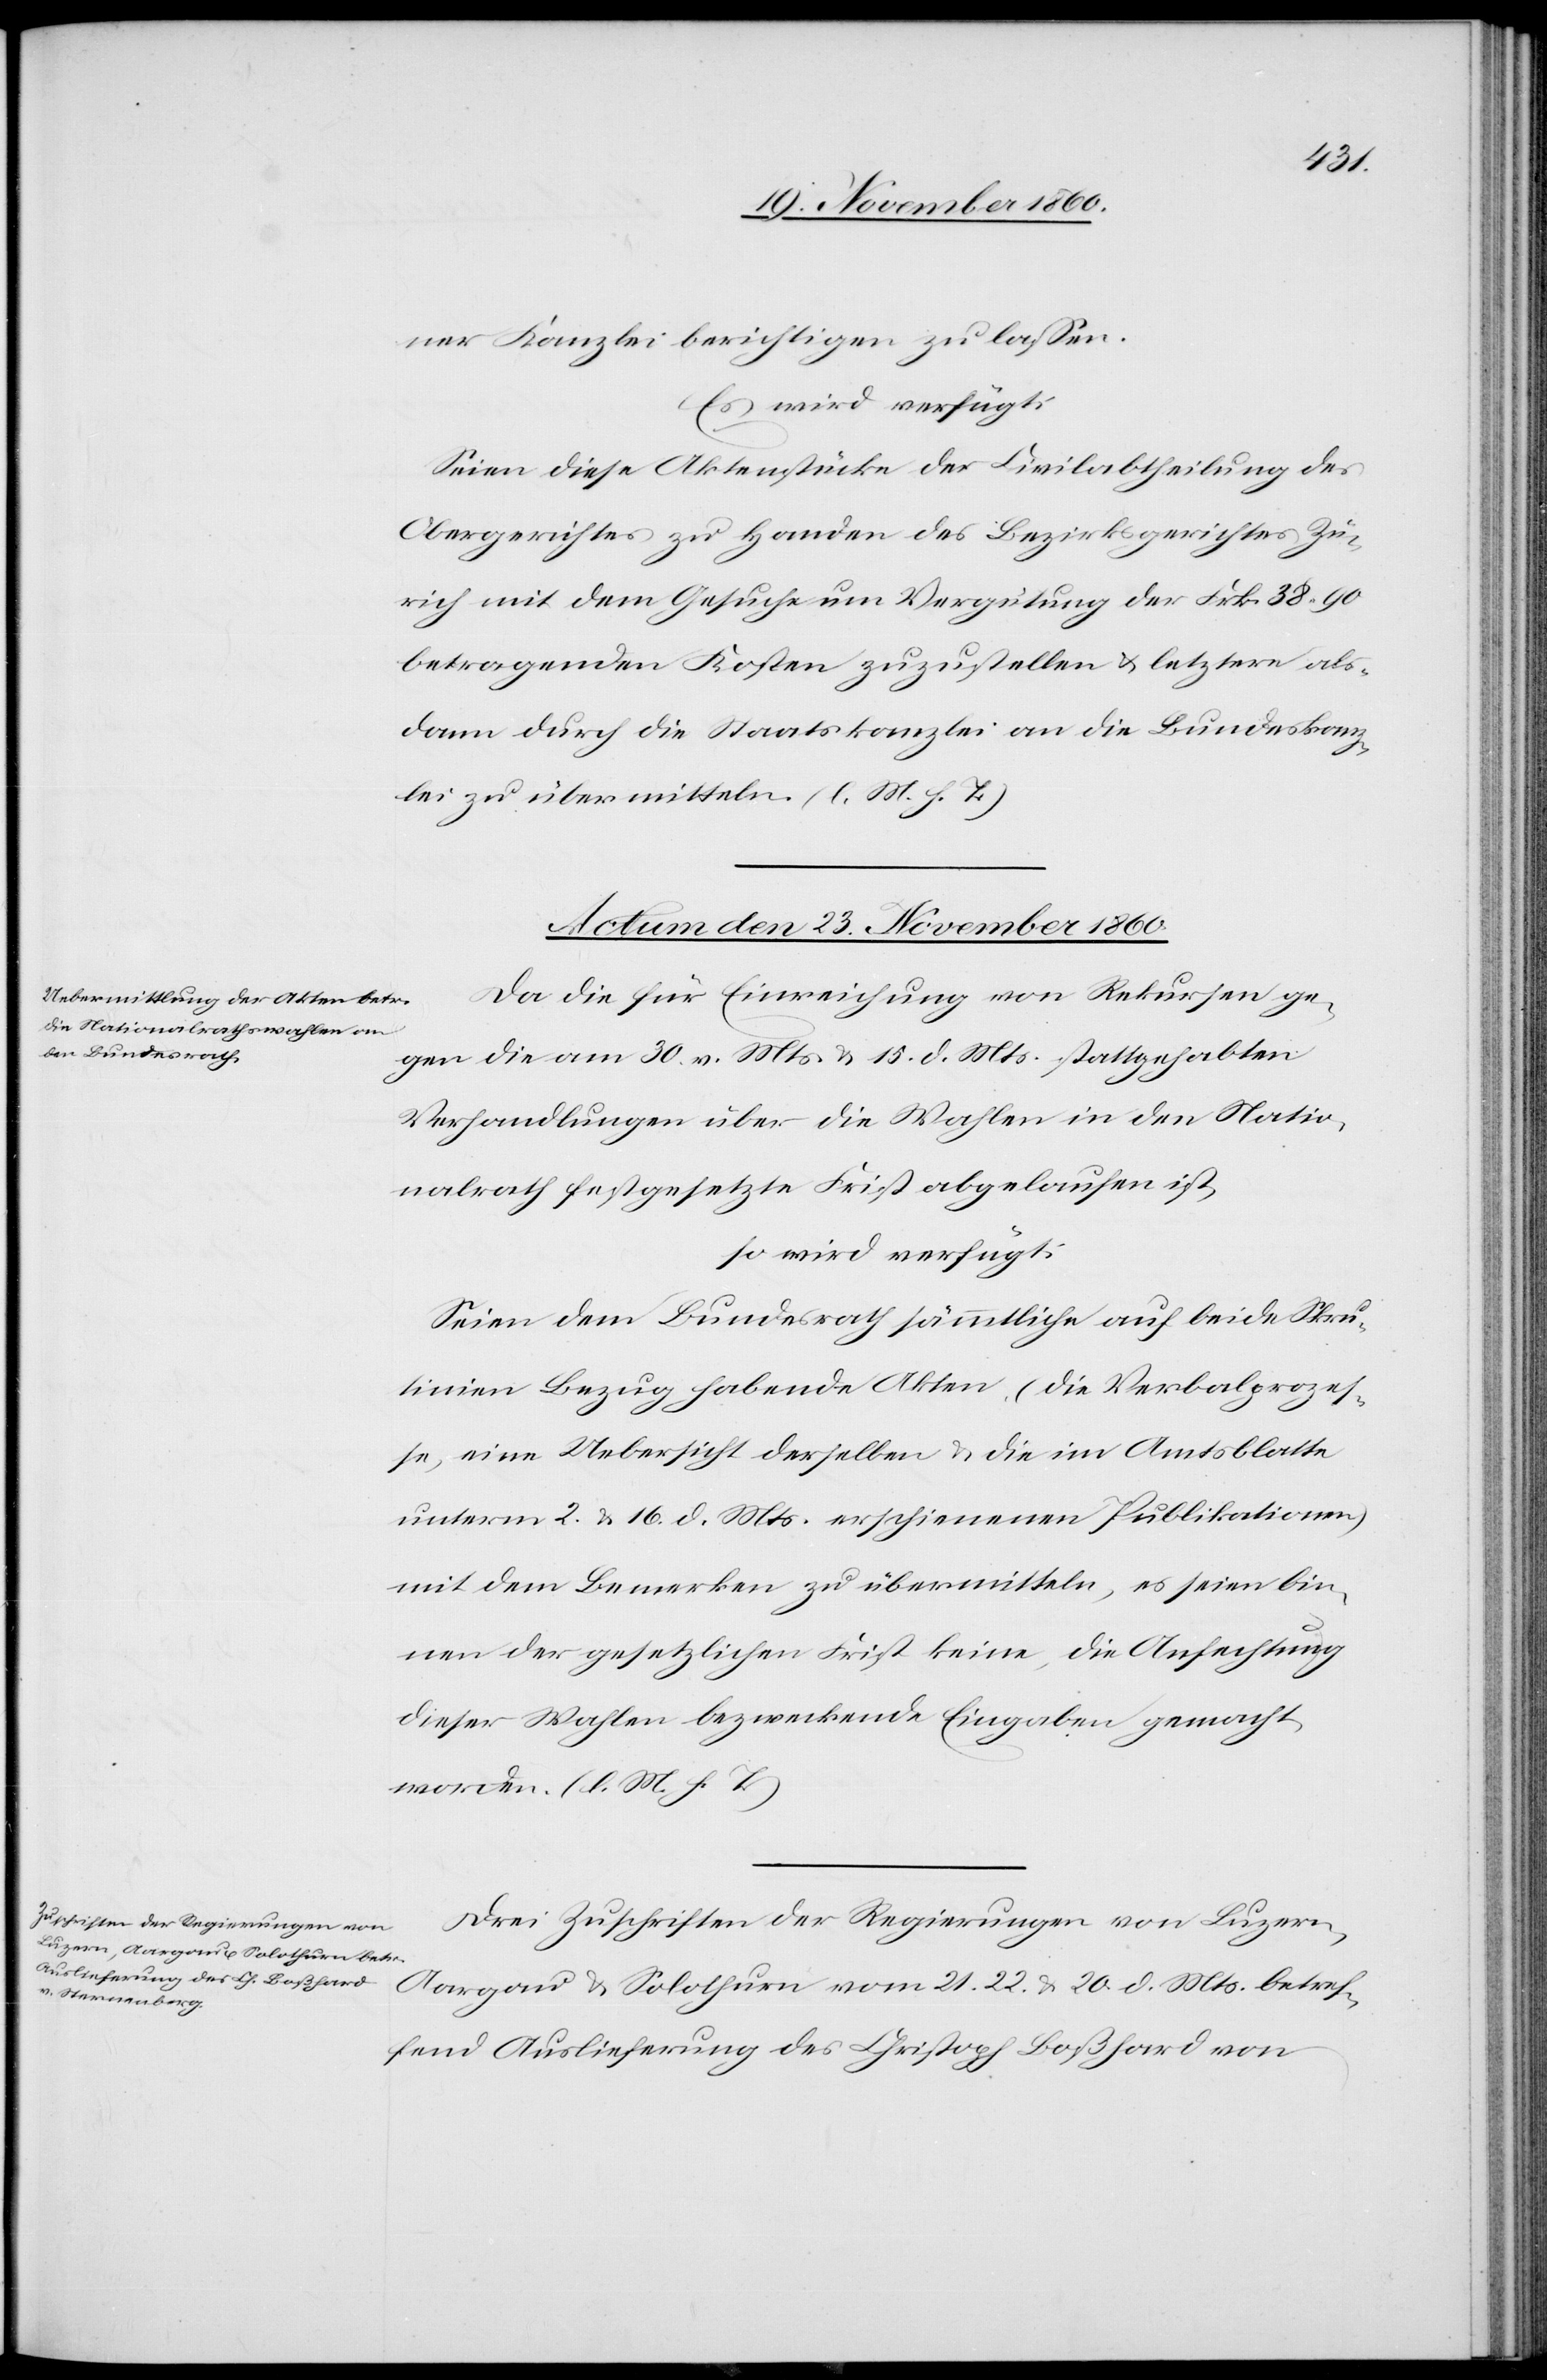
ner Kanzlei berichtigen zu lassen.
Es wird verfügt:
Seien diese Aktenstücke der Civilabtheilung des
Obergerichtes zu Handen des Bezirksgerichtes Zü¬
rich mit den Gesuche um Vergütung der Frk. 38 90
betragenden Kosten zuzustellen u. letztere als¬
dann durch die Staatskanzlei an die Bundeskanz¬
lei zu übermitteln. (l. M. h. T.)
Actum den 23. November 1860.]
Da die für Einreichung von Rekursen ge¬
gen die am 30. v. Mts. u. 15. d. Mts. stattgehabten
Verhandlungen über die Wahlen in den Natio¬
nalrath festgesetzte Frist abgelaufen ist,
so wird verfügt:
Seien dem Bundesrath sämmtliche auf beide Skru¬
tinien Bezug habende Akten (die Verbalprozes¬
se, eine Uebersicht derselben u. die im Amtsblatte
unterm 2. u. 16. d. Mts. erschienenen Publikationen)
mit dem Bemerken zu übermitteln, es seien bin¬
nen der gesetzlichen Frist keine, die Anfechtung
dieser Wahlen bezweckende Eingaben gemacht
worden. (l. M. h. T.)
Drei Zuschriften der Regierungen von Luzern,
Aargau u. Solothurn vom 21.[,] 22. u. 20. d. Mts. betref¬
fend Auslieferung des Christoph Boßhard von